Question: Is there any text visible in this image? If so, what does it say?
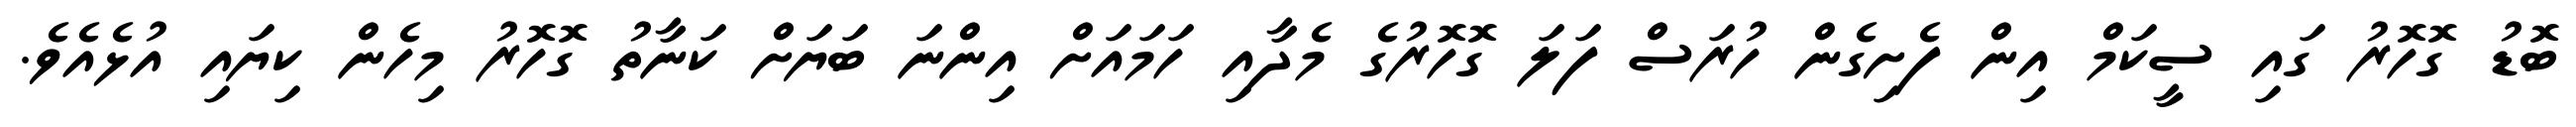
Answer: ބޮޑު ގޮހޮރު ގައި ސީކަމް އިން ފެށިގެން ހުރަސް ފަލަ ގޮހޮރުގެ މެދާއި ހަމައަށް އިންނަ ބަޔަށް ކަނާތު ގޮހޮރު މިހެން ކިޔައި އުޅެއެވެ.